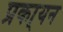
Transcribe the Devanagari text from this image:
प्रका्यन